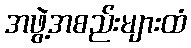
အဖွဲ့အစည်းများထံ